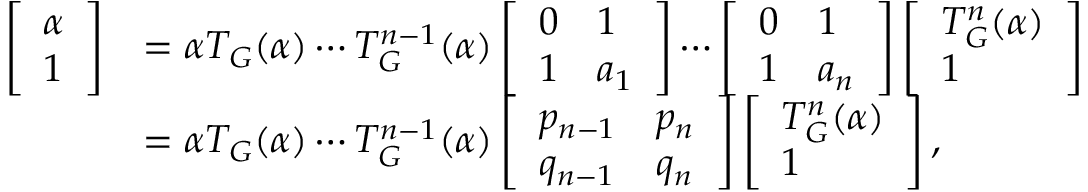
\begin{array} { r l } { \left[ \begin{array} { l } { \alpha } \\ { 1 } \end{array} \right] } & { = \alpha T _ { G } ( \alpha ) \cdots T _ { G } ^ { n - 1 } ( \alpha ) \left[ \begin{array} { l l } { 0 } & { 1 } \\ { 1 } & { a _ { 1 } } \end{array} \right] \cdots \left[ \begin{array} { l l } { 0 } & { 1 } \\ { 1 } & { a _ { n } } \end{array} \right] \left[ \begin{array} { l } { T _ { G } ^ { n } ( \alpha ) } \\ { 1 } \end{array} \right] } \\ & { = \alpha T _ { G } ( \alpha ) \cdots T _ { G } ^ { n - 1 } ( \alpha ) \left[ \begin{array} { l l } { p _ { n - 1 } } & { p _ { n } } \\ { q _ { n - 1 } } & { q _ { n } } \end{array} \right] \left[ \begin{array} { l } { T _ { G } ^ { n } ( \alpha ) } \\ { 1 } \end{array} \right] , } \end{array}